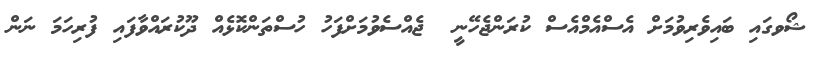
ޝޯވގައި ބައިވެރިވުމަށް އެސްއެމްއެސް ކުރަންޖެހޭނީ  ޖެއްސެވުމަށްފަހު ހުސްތަންކޮޅެއް ދޫކުރައްވާފައި ފުރިހަމަ ނަން